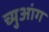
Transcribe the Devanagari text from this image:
च्युआंग